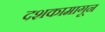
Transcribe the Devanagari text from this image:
दशकामागून